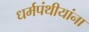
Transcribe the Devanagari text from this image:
धर्मपंथीयांना